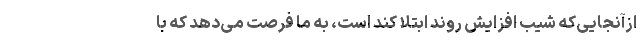
ازآنجایی‌که شیب افزایش روند ابتلا کند است، به ما فرصت می‌دهد که با